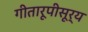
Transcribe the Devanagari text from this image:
गीतारूपीसूर्य